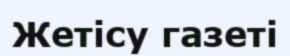
Жетісу газеті